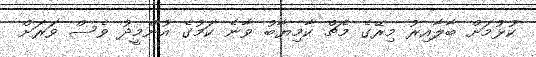
ކުޅުމަށް ބާލާއިރު މިރޭގެ މެޗް ކާމިޔާބު ވާނެ ކަމުގެ އުންމީދު ވެސް ވަރަށް